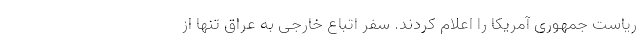
ریاست جمهوری آمریکا را اعلام کردند. سفر اتباع خارجی به عراق تنها از